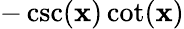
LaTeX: -\csc(\mathbf{x})\cot(\mathbf{x})